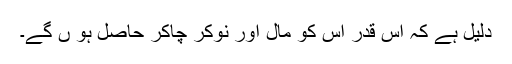
دلیل ہے کہ اس قدر اس کو مال اور نوکر چاکر حاصل ہو ں گے۔